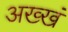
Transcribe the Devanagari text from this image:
अख्खं